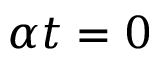
\alpha t = 0